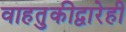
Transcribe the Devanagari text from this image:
वाहतुकीद्वारेही